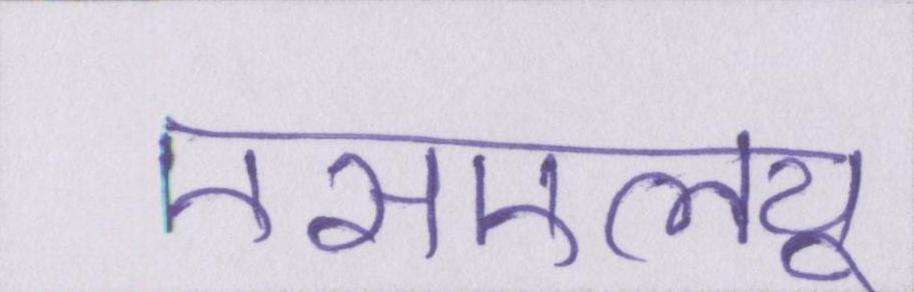
एसएलयू